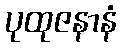
ပုထုဇနာနံ